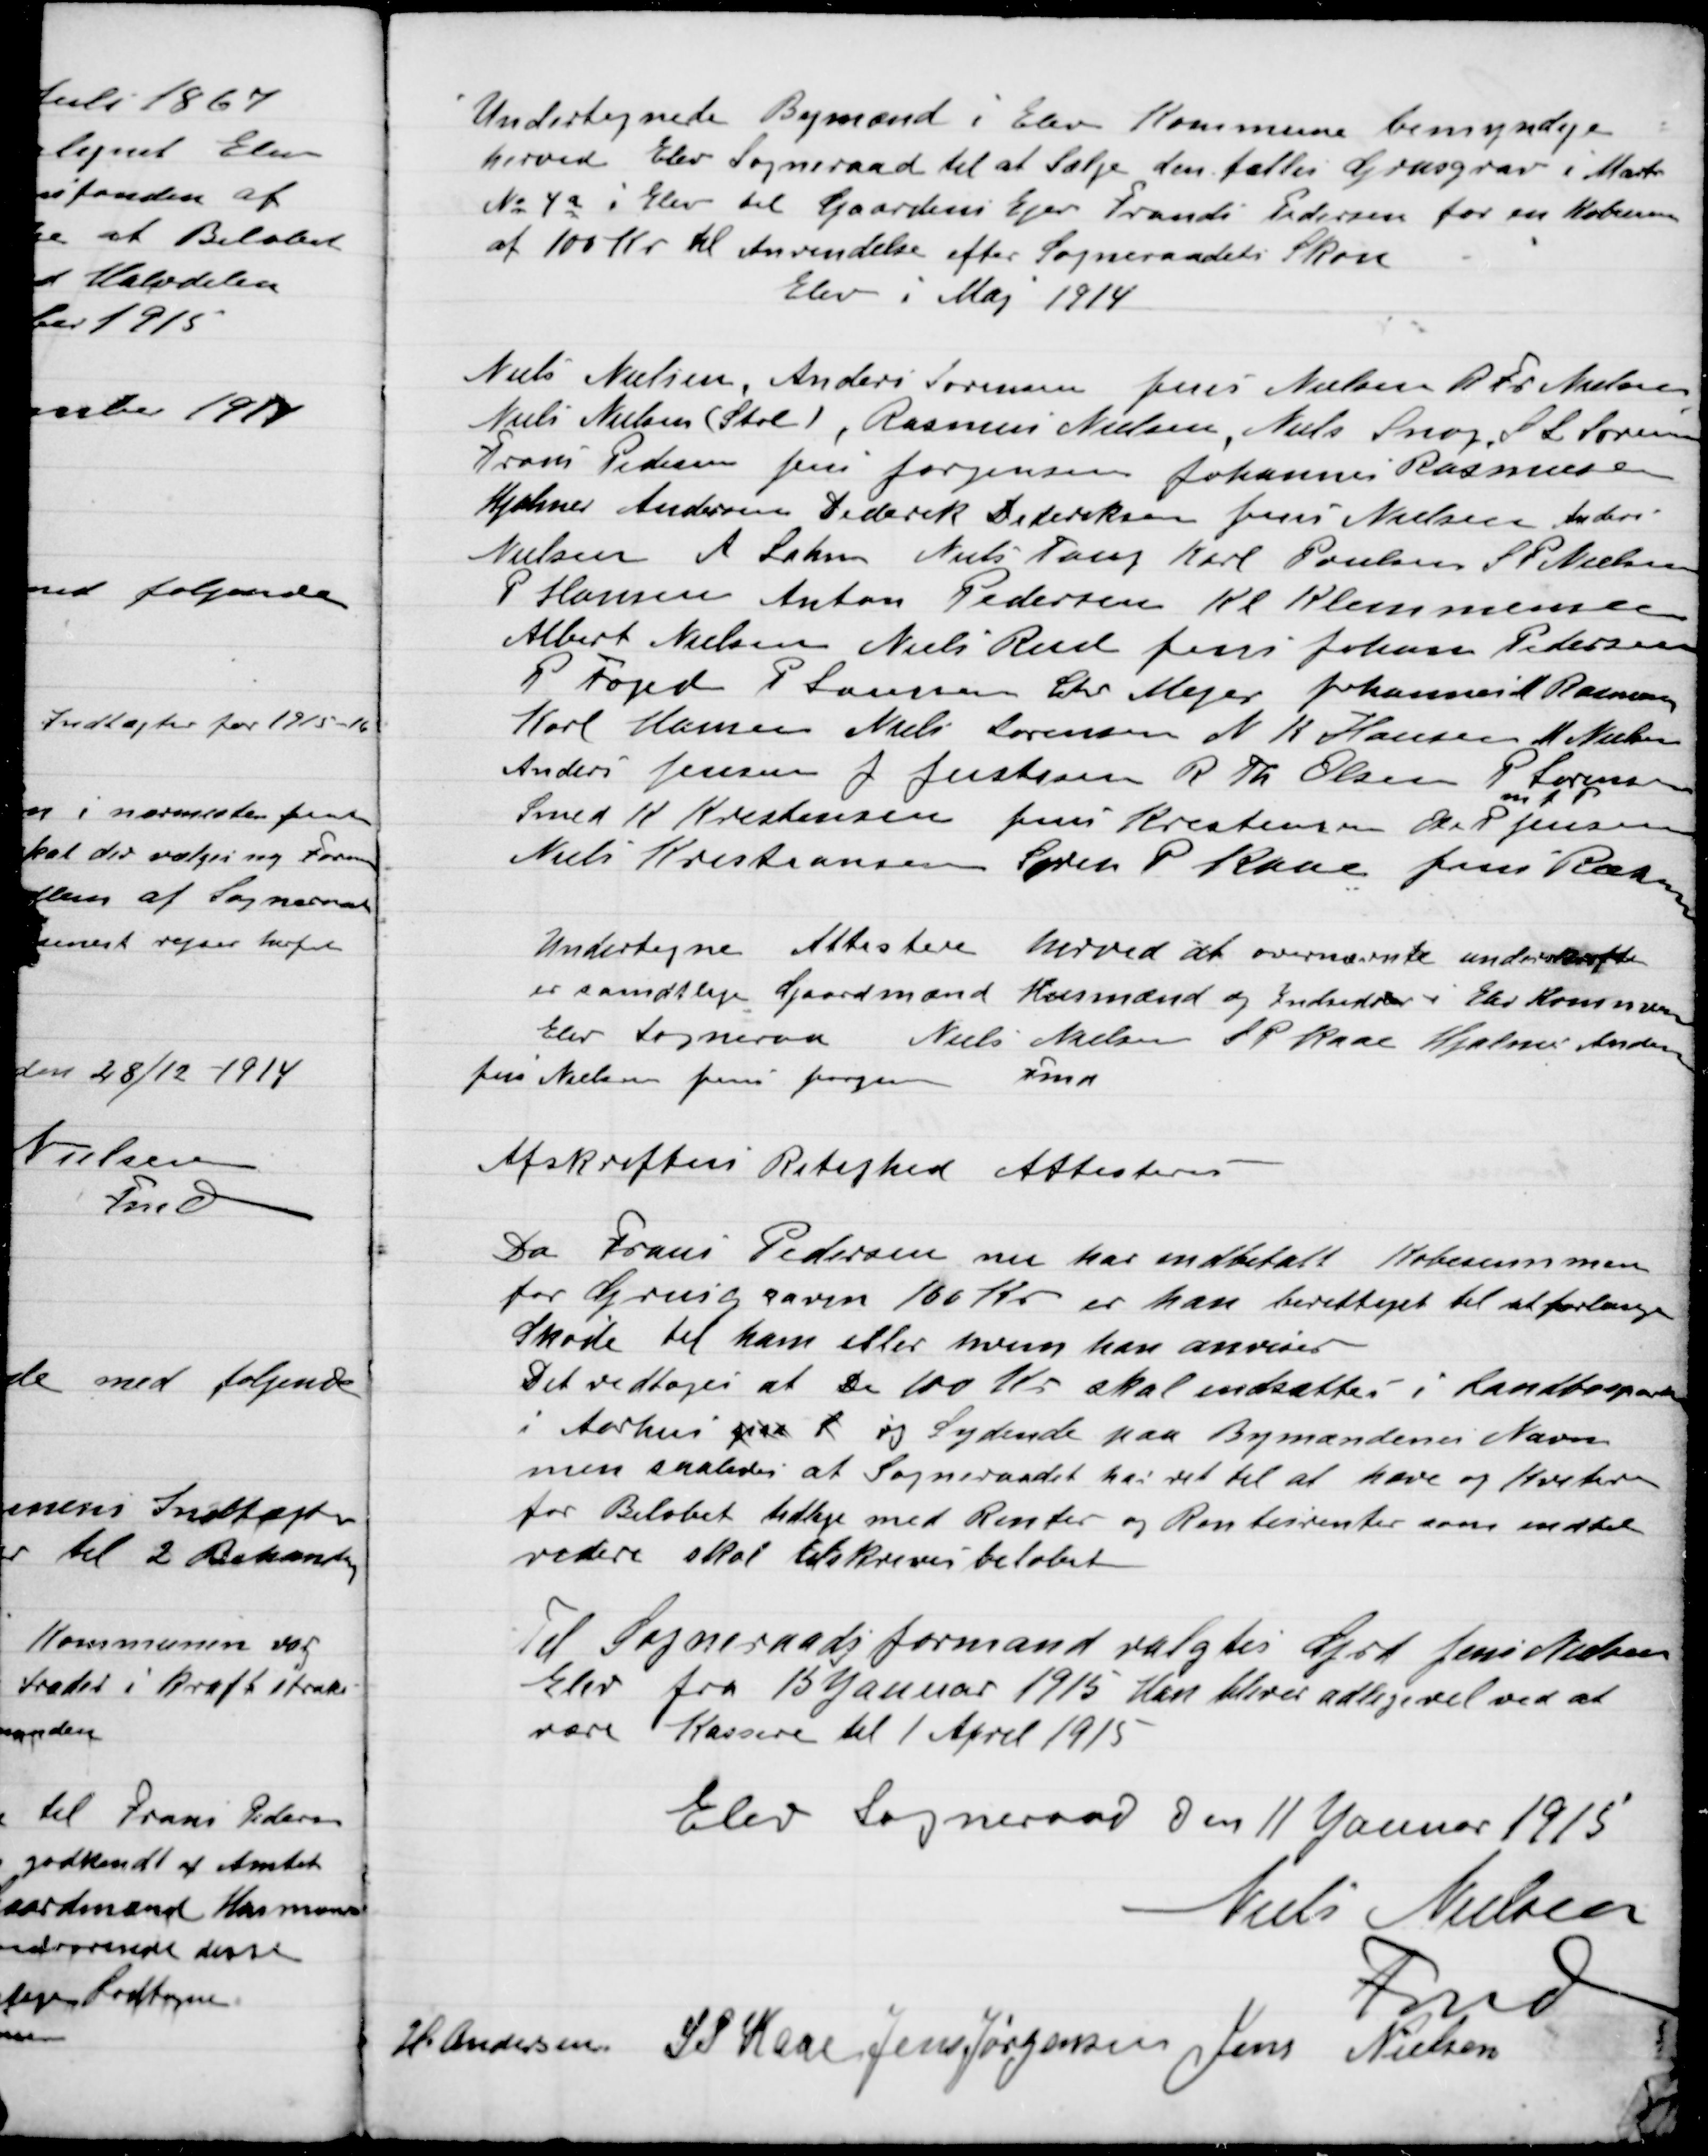
Transskription:
Undertegnede Bymænd i Elev Kommune bemyndigede
herved Elev Sogneraad til at sælge den fælles Grusgrav i Matr.
No. 4 a i Elev til Gaardejer Ejnar Frands Pedersen for en Købesum
af 100 Kr. til Anvendelse efter Sogneraadets Skøn.
Elev i Maj 1914

Niels Nielsen, Anders Sørensen, Jens Nielsen, A. Fr. Andersen
Niels Nielsen, (), Rasmus Nielsen, Niels Snog, S. L. Sørensen
Frans Pedersen, Jens Jørgensen, Johannes Rasmussen,
Hjalmar Andersen, Henrik Dideriksen, Jens Nielsen, Anders
Nielsen, A. Lahn, Niels Tang, Karl Poulsen, S. P. Nielsen,
P. Hansen, Anton Pedersen, Kl. Klemmensen
Albert Nielsen, Niels Rud Jens Jonas Pedersen,
P. Forged, P. Larsen, Chr. Mejer, Johannes Rasmussen
Karl Hansen, Niels Lorensen, N.K. Hansen, N. Nielsen,
Anders Jensen, J. Justesen, R. Th. Olsen. P. Lorensen P. Jensen
Smed K. Krestensen, Jens Krestensen, Sk. P.
M. F.
Jensen
Niels Kristiansen, Søren P. Kaas, Jens Rasmussen

Undertegnede Attesterer herved at ovennævnte understøttelse
er samtlige Gaardmænd Husmænd og Indestaar I Elev Kommune
Elev Sogneraad
Niels Nielsen
S.P. Kaas
Hjalmar Andersen
Jens Nielsen
Jens Jørgensen
Fmd.

Afskriftens Retshed Attesterne

Da Frans Pedersen nu har indbetalt Kommunen
for Grusgraven 100 Kr. er han berettiget til at forlange
Skøde til ham eller hvem han anviser
Det vedtoges at De 100 Kr. skal indsættes i Landbosparekassen
i Aarhus paa 8 og Sydende paa Bymændenes Navne
men saaledes at Sogneraadet har ret til at have og Hverken
for Beløbet tillige med Renter og Rentes rente som middel
vedere skal Afskrivers beløbet.

Til Sogneraadsformand valgtes Grd. Jens Nielsen
Elev fra 15 Januar 1915 Han bliver alligevel ved at
være Kassere til 1 April 1915.

Elev Sogneraad Den 11 Januar 1915

Niels Nielsen
Fmd
H. Andersen
S.P. Kaas
Jens Jørgensen
Jens Nielsen